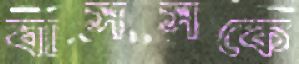
বাসসকে